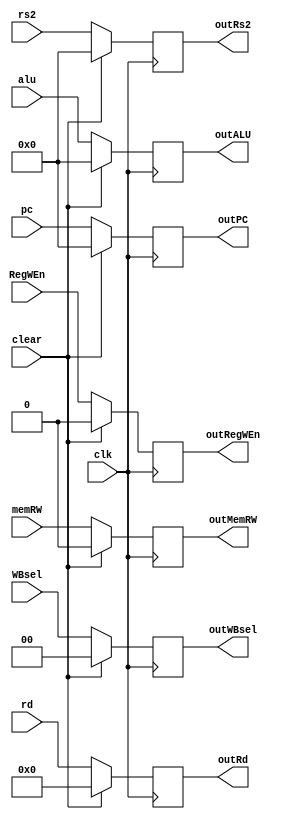
module shiftRegE(
input [31:0] alu,
input [31:0] pc,
input [31:0] rs2,
input [4:0] rd,
input [1:0] WBsel,
input RegWEn,
input memRW,
input clear,
input clk,
output reg [31:0] outALU,
output reg [31:0] outPC,
output reg [31:0] outRs2,
output reg [4:0] outRd,
output reg [1:0] outWBsel,
output reg outRegWEn,
output reg outMemRW
);

always @(posedge clk) begin
if (clear) begin
	outALU = 0;
	outPC = 0;
	outRs2 = 0;
	outRd = 0;
	outWBsel = 0;
	outRegWEn = 0;
	outMemRW = 0;
end
else begin
	outALU = alu;
	outPC = pc;
	outRs2 = rs2;
	outRd = rd;
	outWBsel = WBsel;
	outRegWEn = RegWEn;
	outMemRW = memRW;
end
end
endmodule